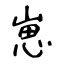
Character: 崽